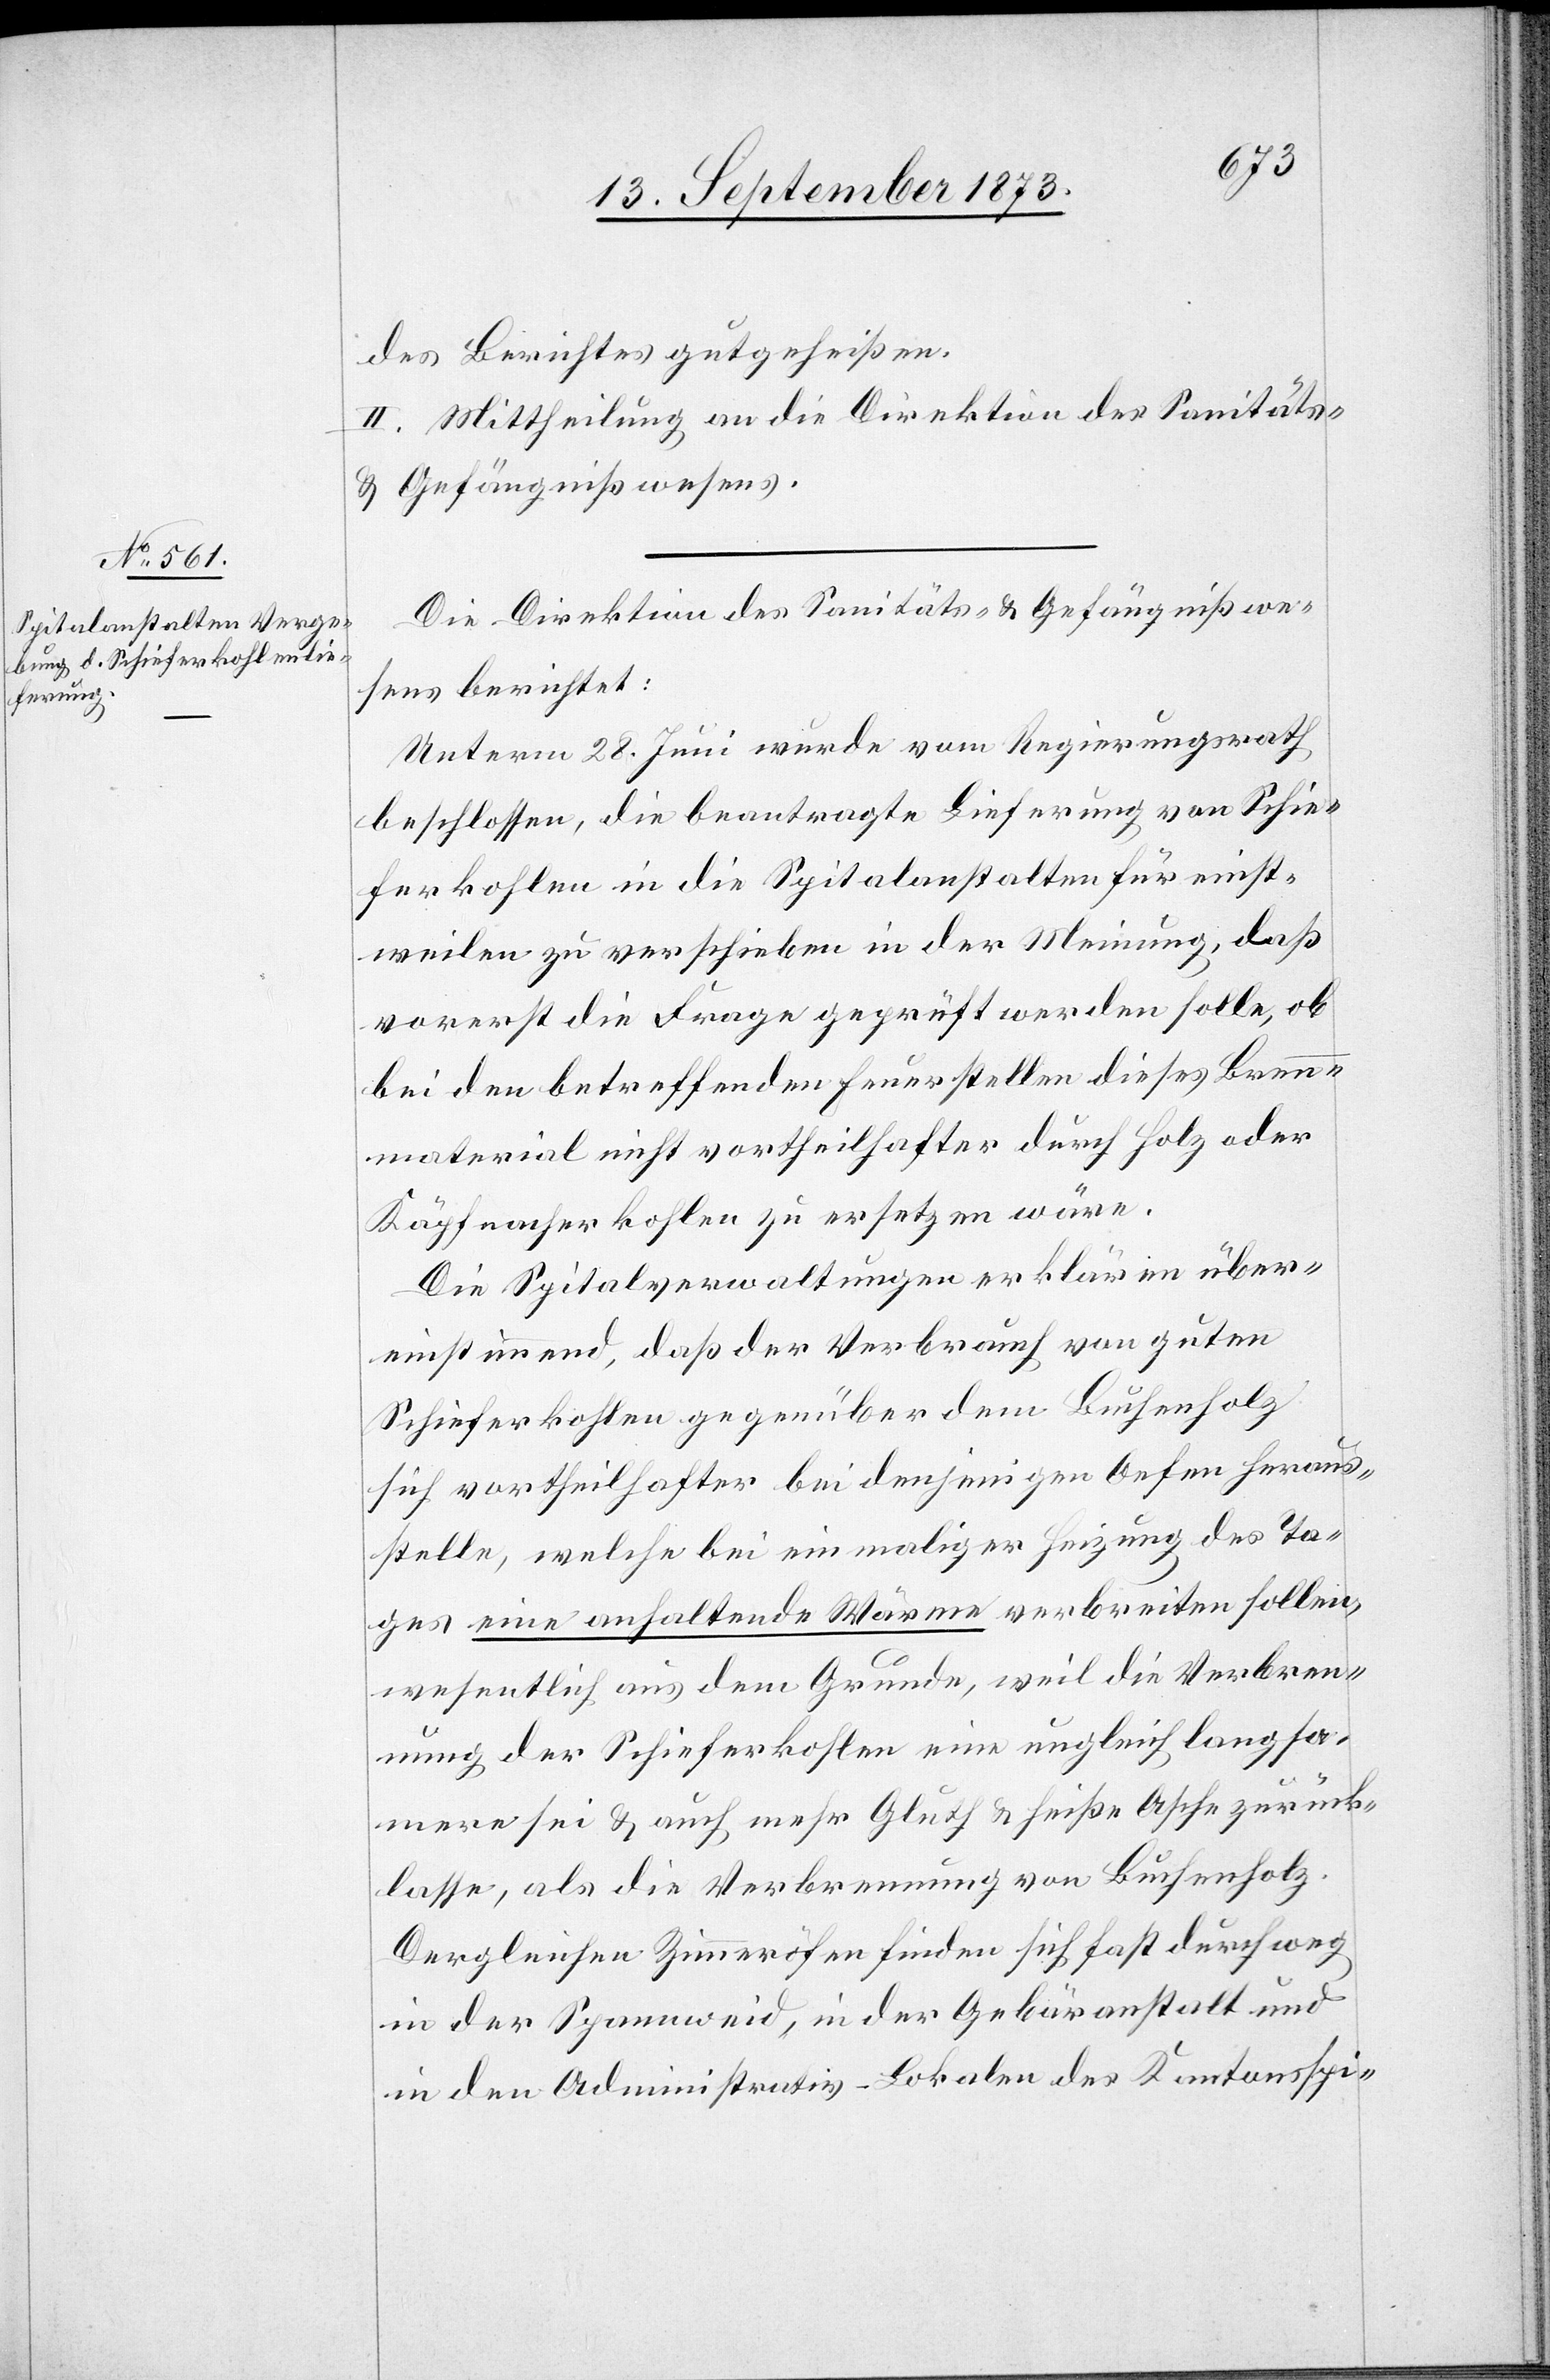
des Berichtes gutgeheißen.
II. Mittheilung an die Direktion des Sanitäts-
& Gefängnißwesens.
Die Direktion des Sanitäts- & Gefängnißwe¬
sens berichtet:
Unterm 28. Juni wurde vom Regierungsrath
beschlossen, die beantragte Lieferung von Schie¬
ferkohlen in die Spitalanstalten für einst¬
weilen zu verschieben in der Meinung, daß
vorerst die Frage geprüft werden solle, ob
bei den betreffenden Feuerstellen dieses Brenn¬
material nicht vortheilhafter durch Holz oder
Käpfnacherkohlen zu ersetzen wäre.
Die Spitalverwaltungen erklären über¬
einstimmend, daß der Verbrauch von guten
Schieferkohlen gegenüber dem Buchenholz
sich vortheilhafter bei denjenigen Oefen heraus¬
stelle, welche bei einmaliger Heizung des Ta¬
ges eine anhaltende Wärme verbreiten sollen,
wesentlich aus dem Grunde, weil die Verbren¬
nung der Schieferkohlen eine ungleich langsa¬
mere sei & auch mehr Gluth & heiße Asche zurück¬
lasse, als die Verbrennung von Buchenholz.
Dergleichen Zimmeröfen finden sich fast durchweg
in der Spannweid, in der Gebäranstalt und
in den Administrativ-Lokalen des Kantonsspi-